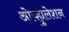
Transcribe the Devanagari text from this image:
ओव्ह्युलेशन